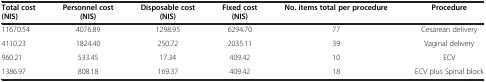
<table><thead><tr><td><b>Total cost (NIS)</b></td><td><b>Personnel cost (NIS)</b></td><td><b>Disposable cost (NIS)</b></td><td><b>Fixed cost (NIS)</b></td><td><b>No. items total per procedure</b></td><td><b>Procedure</b></td></tr></thead><tbody><tr><td>11670.54</td><td>4076.89</td><td>1298.95</td><td>6294.70</td><td>77</td><td>Cesarean delivery</td></tr><tr><td>4110.23</td><td>1824.40</td><td>250.72</td><td>2035.11</td><td>39</td><td>Vaginal delivery</td></tr><tr><td>960.21</td><td>533.45</td><td>17.34</td><td>409.42</td><td>10</td><td>ECV</td></tr><tr><td>1386.97</td><td>808.18</td><td>169.37</td><td>409.42</td><td>18</td><td>ECV plus Spinal block</td></tr></tbody></table>